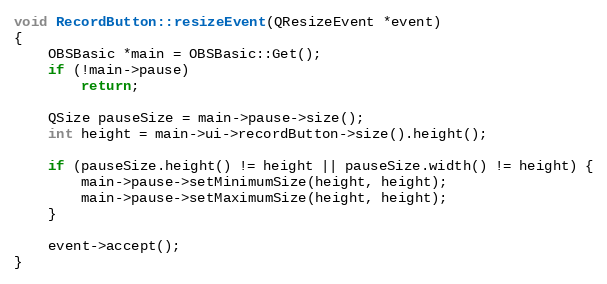
Language: C++
void RecordButton::resizeEvent(QResizeEvent *event)
{
	OBSBasic *main = OBSBasic::Get();
	if (!main->pause)
		return;

	QSize pauseSize = main->pause->size();
	int height = main->ui->recordButton->size().height();

	if (pauseSize.height() != height || pauseSize.width() != height) {
		main->pause->setMinimumSize(height, height);
		main->pause->setMaximumSize(height, height);
	}

	event->accept();
}